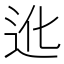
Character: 𲅒